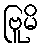
ဗြူမိ